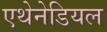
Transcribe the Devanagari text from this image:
एथेनेडियल